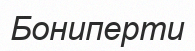
Бониперти